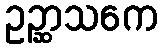
ဥဉ္ဆာသကေ